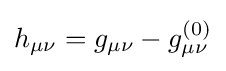
h_{\mu \nu }=g_{\mu \nu }-g_{\mu \nu }^{(0)}